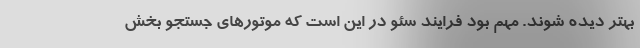
بهتر دیده شوند. مهم بود فرایند سئو در این است که موتورهای جستجو بخش